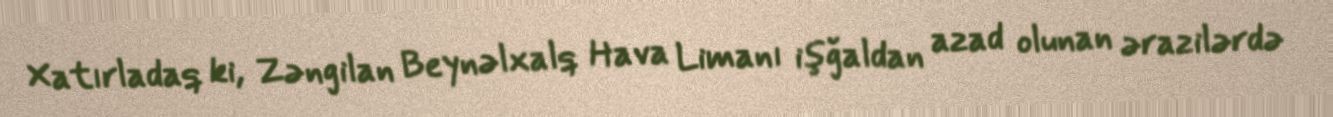
Xatırladaq ki, Zəngilan Beynəlxalq Hava Limanı işğaldan azad olunan ərazilərdə